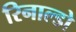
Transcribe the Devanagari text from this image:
रिनाल्डो